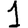
Digit: 1